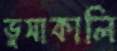
ভুসাকালি